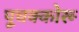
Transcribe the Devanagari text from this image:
पूचक्कोरू